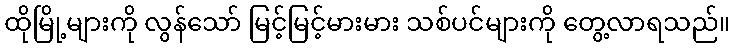
ထိုမြို့များကို လွန်သော် မြင့်မြင့်မားမား သစ်ပင်များကို တွေ့လာရသည်။